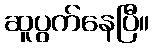
ဆူပွက်နေပြီ။